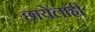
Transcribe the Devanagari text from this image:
छायेलाही